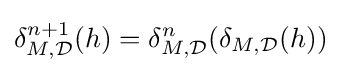
\delta _{M,{\mathcal {D}}}^{n+1}(h)=\delta _{M,{\mathcal {D}}}^{n}(\delta _{M,{\mathcal {D}}}(h))